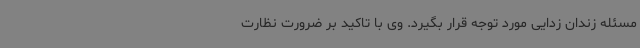
مسئله زندان زدایی مورد توجه قرار بگیرد. وی با تاکید بر ضرورت نظارت